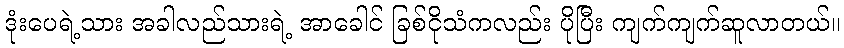
ဒုံးပေရဲ့သား အခါလည်သားရဲ့ အာခေါင် ခြစ်ငိုသံကလည်း ပိုပြီး ကျက်ကျက်ဆူလာတယ်။